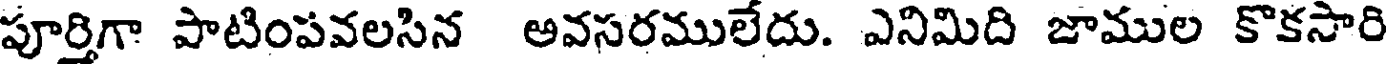
పూర్తిగా పాటింపవలసిన అవసరములేదు. ఎనిమిది జాముల కొకసారి